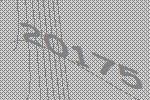
20175